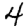
Digit: 4